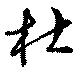
杜